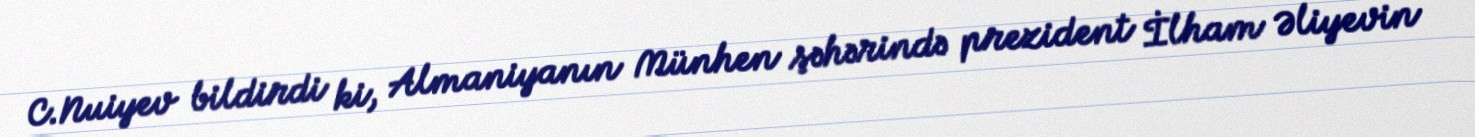
C.Nuiyev bildirdi ki, Almaniyanın Münhen şəhərində prezident İlham Əliyevin